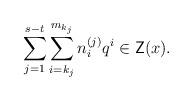
LaTeX: \begin{align*} \sum_{j = 1}^{s - t}\sum_{i = k_j}^{m_{k_j}} n_i^{(j)} q^i \in \mathsf{Z}(x).\end{align*}